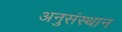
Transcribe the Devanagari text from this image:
अनुसंस्थान